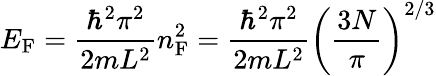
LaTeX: E_{\mathrm{F}}={\frac{\hbar^{2}\pi^{2}}{2mL^{2}}}n_{\mathrm{F}}^{2}={\frac{\hbar^{2}\pi^{2}}{2mL^{2}}}\left({\frac{3N}{\pi}}\right)^{2/3}